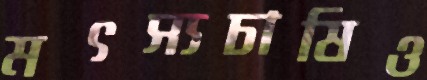
মৎস্যচাষিও